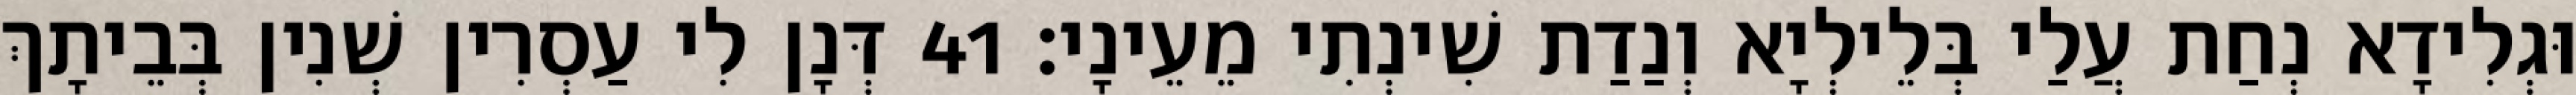
וּגְלִידָא נְחַת עֲלַי בְּלֵילְיָא וְנַדַת שִׁינְתִי מֵעֵינָי׃ 41 דְּנָן לִי עַסְרִין שְׁנִין בְּבֵיתָךְ